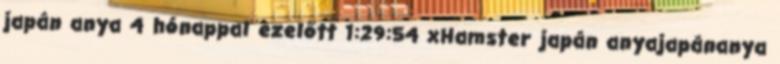
japán anya 4 hónappal ezelőtt 1:29:54 xHamster japán anyajapánanya